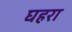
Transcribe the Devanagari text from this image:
घहरा